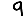
Digit: 9